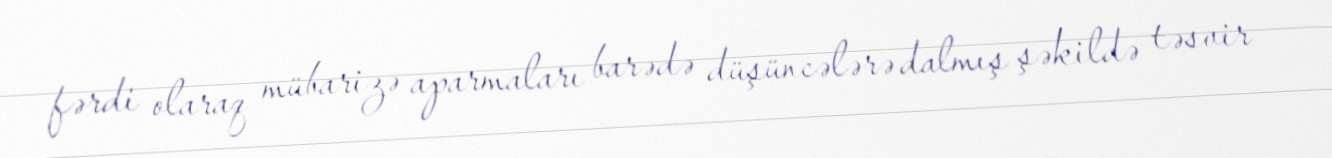
fərdi olaraq mübarizə aparmaları barədə düşüncələrə dalmış şəkildə təsvir